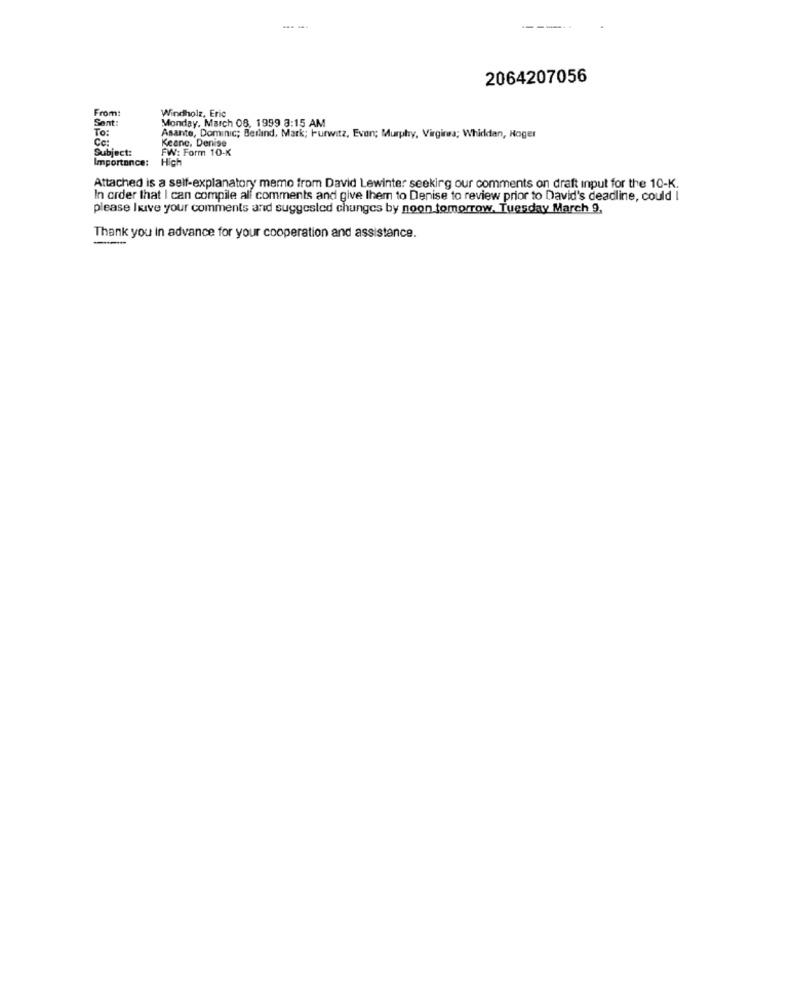
2064207056
From:
Windholz, Eric
Sent:
Monday, March 08. 1999 3:15 AM
To:
Cc:
Asante, Dominic; Berlind, Mark; Hurwitz, Even; Murphy, Virginsa; Whiddan, Roger
Keane, Denise
Subject:
FW: Form 10-K
Importance:
Hich
Attached is a self-explanatory memo from David Lewinter seeking our comments on draft input for the 10-K.
In order that I can compile all comments and give them to Denise to review prior to David's deadline, could I
please live your comments and suggested changes by noon tomorrow. Tuesday March 9,
Thank you in advance for your cooperation and assistance.
-----